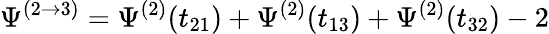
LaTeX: \Psi^{(2\rightarrow 3)}=\Psi^{(2)}(t_{21})+\Psi^{(2)}(t_{13})+\Psi^{(2)}(t_{32})-2